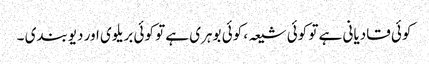
کوئی قادیانی ہے تو کوئی شیعہ ، کوئی بوہری ہے تو کوئی بریلوی اور دیوبندی ۔